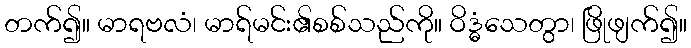
တက်၍။ မာရဗလံ၊ မာရ်မင်း၏စစ်သည်ကို။ ဝိဒ္ဓံသေတွာ၊ ဖြိုဖျက်၍။